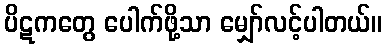
ပိဋကတွေ ပေါက်ဖို့သာ မျှော်လင့်ပါတယ်။